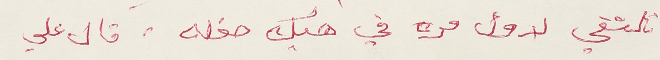
نلتقي لاول مره في هيك حفله .قال علي